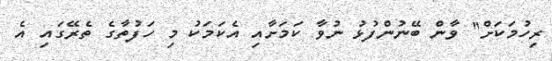
ރިހުމަކަށް" ވާން ބޭނުންފުޅު ނުވާ ކަމަށާއި އެކަމަކު މި ހަފުތާގެ ތެރޭގައި އެ